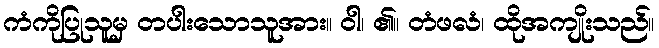
ကံကိုပြုသူမှ တပါးသောသူအား။ ဝါ၊ ၏။ တံဖလံ၊ ထိုအကျိုးသည်။